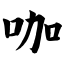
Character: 咖